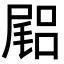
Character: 𡳎